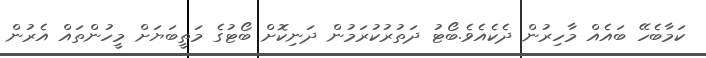
ކަމާބެހޭ ބައެއް މާހިރުން ދެކެއެވެ.ބޯޓު ދަތުރުކުރަމުން ދަނިކޮށް ބޯޓުގެ މަތީބަޔަށް މީހުންތައް އެރުން